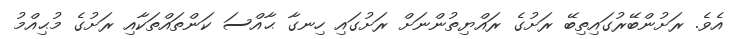
އެވެ. ރަށުންބޭރުގައިތިބޭ ރަށުގެ ރައްޔިތުންނަށް ރަށުގައި ހިނގާ ޙާއްސަ ކަންތައްތަކާއި ރަށުގެ މުޙިއްމު